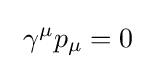
\ \gamma ^{\mu }p_{\mu }=0\